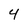
Character: 4